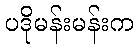
ပဒိုမန်းမန်းက